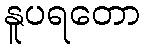
နူပရတော